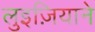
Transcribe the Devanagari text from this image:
लुइज़ियाने